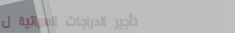
تأجير الدراجات الهوائية ل